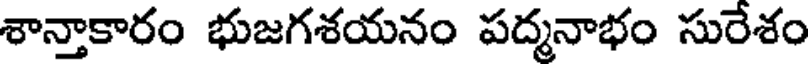
శాన్తాకారం భుజగశయనం పద్మనాభం సురేశం